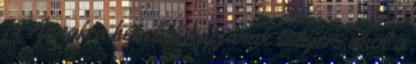
19 Annak a hét első napjának estéjén, ahol a